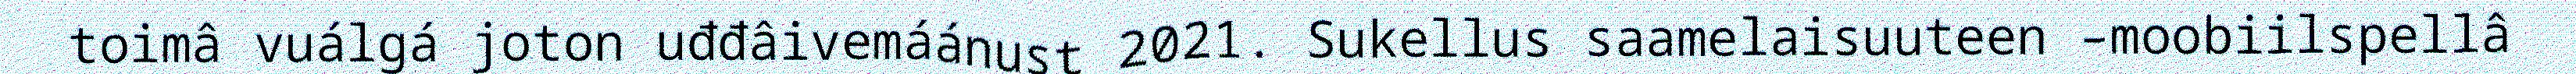
toimâ vuálgá joton uđđâivemáánust 2021. Sukellus saamelaisuuteen –moobiilspellâ